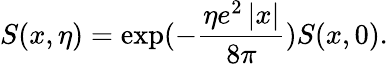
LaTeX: S(x,\eta)=\exp(-\frac{\eta e^{2}\left|x\right|}{8\pi})S(x,0).